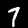
Label: 7